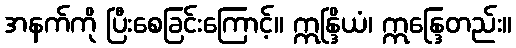
အနက်ကို ပြီးစေခြင်းကြောင့်။ ဣန္ဒြိယံ၊ ဣန္ဒြေတည်း။